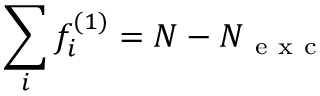
\sum _ { i } f _ { i } ^ { ( 1 ) } = N - N _ { \mathrm { ~ e ~ x ~ c ~ } }